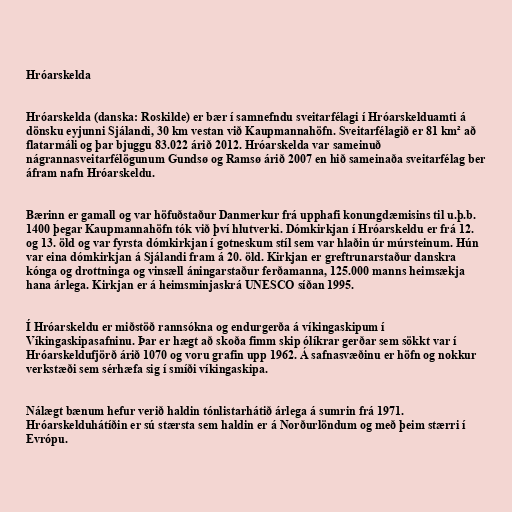
Hróarskelda

Hróarskelda (danska: Roskilde) er bær í samnefndu sveitarfélagi í Hróarskelduamti á
dönsku eyjunni Sjálandi, 30 km vestan við Kaupmannahöfn. Sveitarfélagið er 81 km² að
flatarmáli og þar bjuggu 83.022 árið 2012. Hróarskelda var sameinuð
nágrannasveitarfélögunum Gundsø og Ramsø árið 2007 en hið sameinaða sveitarfélag ber
áfram nafn Hróarskeldu.

Bærinn er gamall og var höfuðstaður Danmerkur frá upphafi konungdæmisins til u.þ.b.
1400 þegar Kaupmannahöfn tók við því hlutverki. Dómkirkjan í Hróarskeldu er frá 12.
og 13. öld og var fyrsta dómkirkjan í gotneskum stíl sem var hlaðin úr múrsteinum. Hún
var eina dómkirkjan á Sjálandi fram á 20. öld. Kirkjan er greftrunarstaður danskra
kónga og drottninga og vinsæll áningarstaður ferðamanna, 125.000 manns heimsækja
hana árlega. Kirkjan er á heimsminjaskrá UNESCO síðan 1995.

Í Hróarskeldu er miðstöð rannsókna og endurgerða á víkingaskipum í
Víkingaskipasafninu. Þar er hægt að skoða fimm skip ólíkrar gerðar sem sökkt var í
Hróarskeldufjörð árið 1070 og voru grafin upp 1962. Á safnasvæðinu er höfn og nokkur
verkstæði sem sérhæfa sig í smíði víkingaskipa.

Nálægt bænum hefur verið haldin tónlistarhátið árlega á sumrin frá 1971.
Hróarskelduhátíðin er sú stærsta sem haldin er á Norðurlöndum og með þeim stærri í
Evrópu.